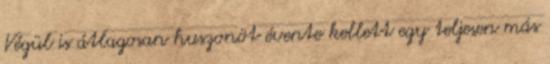
Végül is átlagosan huszonöt évente kellett egy teljesen más